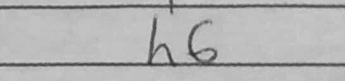
Transcription: h6